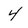
Character: 4